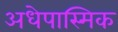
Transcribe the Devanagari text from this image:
अधेपास्मिक